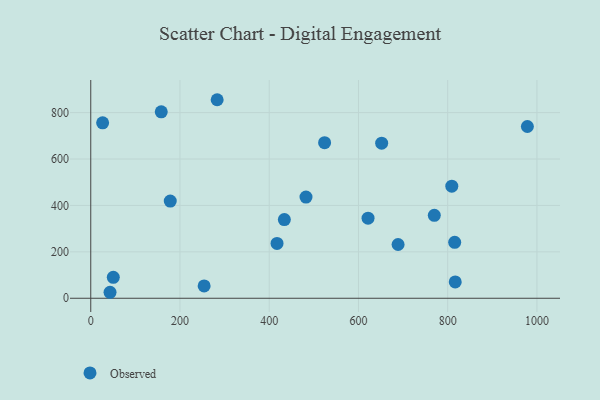
{"axis": {"x": "Experience", "y": "Demand"}, "legend": ["Observed"], "data": [{"x": "254.1", "y": 53.1, "type": "Observed"}, {"x": "26.6", "y": 755.8, "type": "Observed"}, {"x": "688.8", "y": 231.6, "type": "Observed"}, {"x": "482.4", "y": 435.9, "type": "Observed"}, {"x": "815.7", "y": 241.1, "type": "Observed"}, {"x": "621.5", "y": 345.1, "type": "Observed"}, {"x": "43.2", "y": 25.8, "type": "Observed"}, {"x": "178.2", "y": 418.7, "type": "Observed"}, {"x": "770.0", "y": 357.2, "type": "Observed"}, {"x": "283.3", "y": 855.5, "type": "Observed"}, {"x": "809.2", "y": 483.0, "type": "Observed"}, {"x": "816.9", "y": 70.6, "type": "Observed"}, {"x": "524.1", "y": 670.4, "type": "Observed"}, {"x": "978.6", "y": 740.2, "type": "Observed"}, {"x": "417.5", "y": 236.2, "type": "Observed"}, {"x": "652.0", "y": 668.2, "type": "Observed"}, {"x": "50.5", "y": 90.2, "type": "Observed"}, {"x": "433.9", "y": 339.0, "type": "Observed"}, {"x": "158.0", "y": 803.3, "type": "Observed"}]}